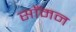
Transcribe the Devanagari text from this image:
साँमन